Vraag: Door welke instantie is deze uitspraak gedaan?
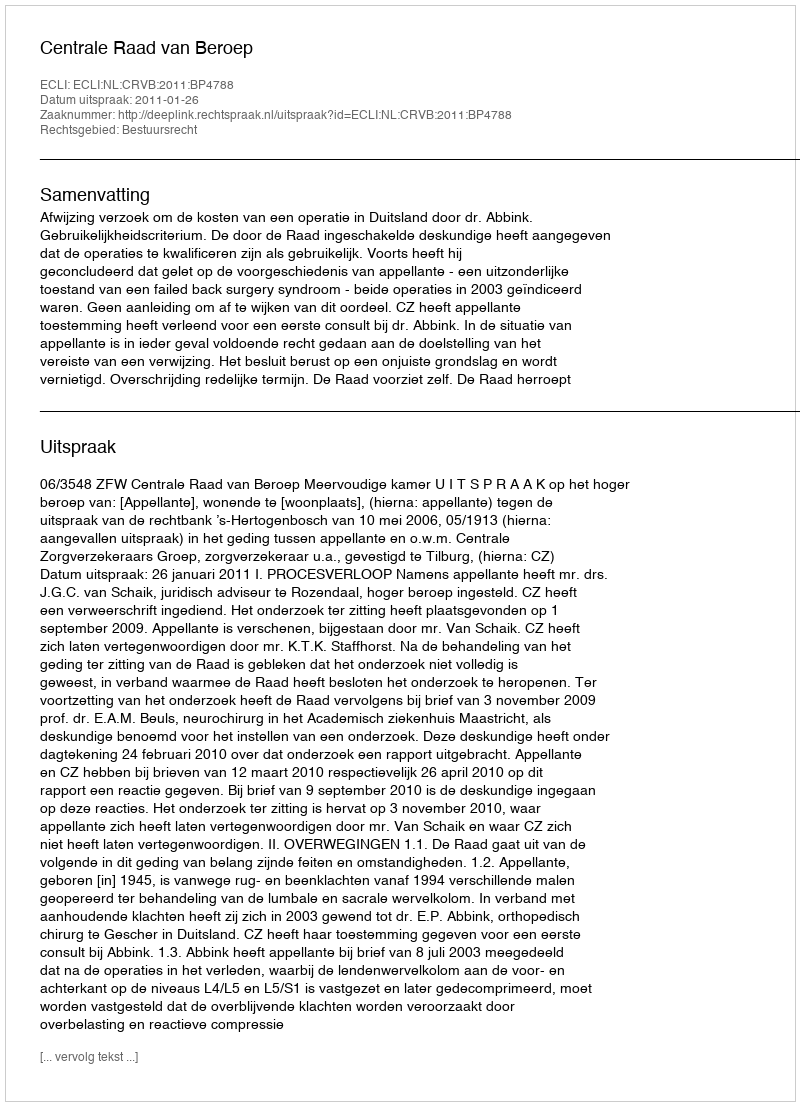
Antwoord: Centrale Raad van Beroep